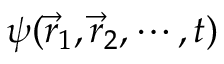
\psi ( { \vec { r } } _ { 1 } , { \vec { r } } _ { 2 } , \cdots , t )